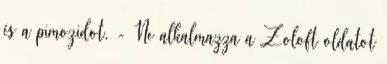
és a pimozidot. - Ne alkalmazza a Zoloft oldatot